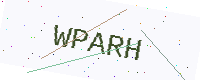
Text: WPARH